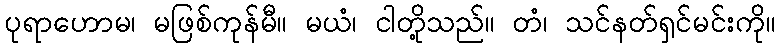
ပုရာဟောမ၊ မဖြစ်ကုန်မီ။ မယံ၊ ငါတို့သည်။ တံ၊ သင်နတ်ရှင်မင်းကို။